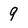
Character: 9